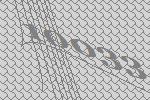
10033